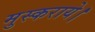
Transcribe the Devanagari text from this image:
मुस्कराये।